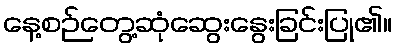
နေ့စဉ်တွေ့ဆုံဆွေးနွေးခြင်းပြု၏။